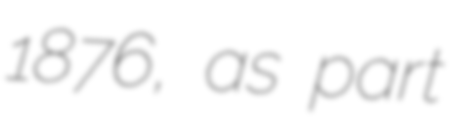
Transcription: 1876, as part